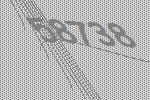
58738